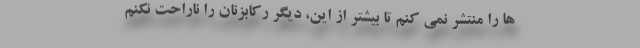
ها را منتشر نمی کنم تا بیشتر از این، دیگر رکابزنان را ناراحت نکنم